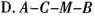
D.A-C-M-B